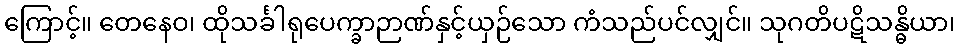
ကြောင့်။ တေနေဝ၊ ထိုသင်္ခါရုပေက္ခာဉာဏ်နှင့်ယှဉ်သော ကံသည်ပင်လျှင်။ သုဂတိပဋိသန္ဓိယာ၊